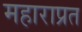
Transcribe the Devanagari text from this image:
महाराप्रत